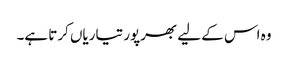
وہ اس کے لیے بھرپور تیاریاں کرتا ہے۔